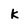
Character: K